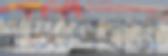
সত্যশিবম